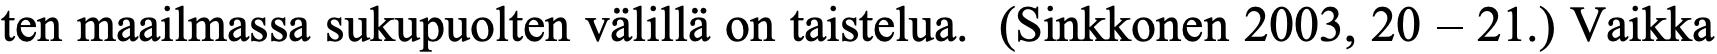
ten maailmassa sukupuolten välillä on taistelua. (Sinkkonen 2003, 20 – 21.) Vaikka